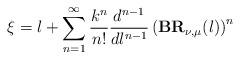
LaTeX: \begin{align*}\xi=l+\sum^{\infty}_{n=1}\frac{k^n}{n!}\frac{d^{n-1}}{dl^{n-1}}\left(\textbf{BR}_{\nu,\mu}(l)\right)^n\end{align*}